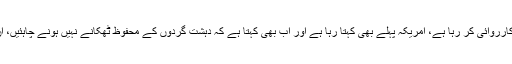
انہوں نے کہا پاکستان دہشت گردوں کے خلاف کارروائی کر رہا ہے، امریکہ پہلے بھی کہتا رہا ہے اور اب بھی کہتا ہے کہ دہشت گردوں کے محفوظ ٹھکانے نہیں ہونے چاہئیں، ان کے خلاف امریکہ اپنا تعاون جاری رکھے گا۔